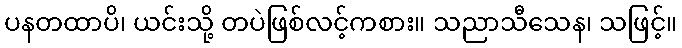
ပနတထာပိ၊ ယင်းသို့ တပဲဖြစ်လင့်ကစား။ သညာသီသေန၊ သဖြင့်။